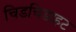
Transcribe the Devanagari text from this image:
चिडचिडाहट